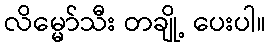
လိမ္မော်သီး တချို့ ပေးပါ။